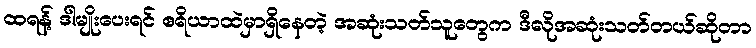
ထရန့် ဒါမျိုးပေးရင် ဧရိယာထဲမှာရှိနေတဲ့ အဆုံးသတ်သူတွေက ဒီလိုအဆုံးသတ်တယ်ဆိုတာ